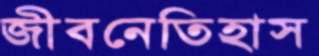
জীবনেতিহাস